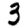
Digit: 3